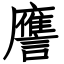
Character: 譍